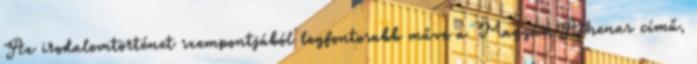
Az irodalomtörténet szempontjából legfontosabb műve a Magyar Athenas című,